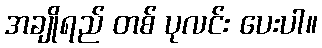
အချိုရည် တစ် ပုလင်း ပေးပါ။